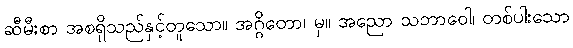
ဆီမီးစာ အစရှိသည်နှင့်တူသော။ အဂ္ဂိတော၊ မှ။ အညော သဘာဝေါ၊ တစ်ပါးသော